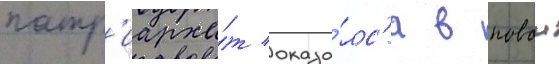
патр'иарха́т оказа́лс'я в новои